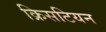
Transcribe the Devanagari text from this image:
क्रिसटियन